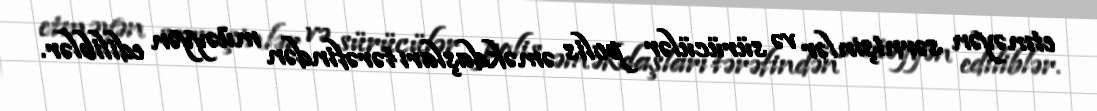
etməyən sərnişinlər və sürücülər polis əməkdaşları tərəfindən müəyyən ediliblər.